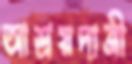
আশ্রয়দাত্রী